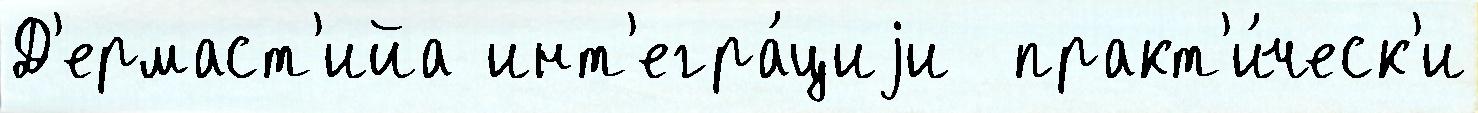
Д'ермаст'ийа инт'егра́циjи  практ'и́ческ'и